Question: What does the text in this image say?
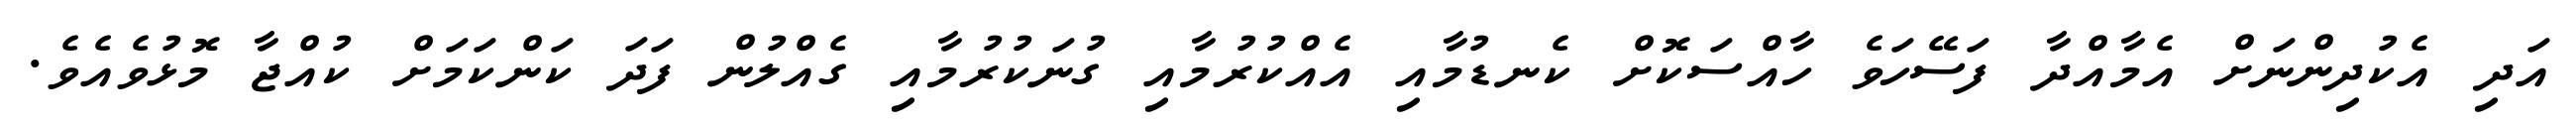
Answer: އަދި އެކުދިންނަށް އެމާއްދާ ފަސޭހަވެ ހާއްސަކޮށް ކެނޑުމާއި އެއްކުރުމާއި ގުނަކުރުމާއި ގެއްލުން ފަދަ ކަންކަމަށް ކުއްޖާ މޮޅުވެއެވެ.